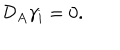
{ \cal { D } } _ { A } \gamma _ { i } = 0 .